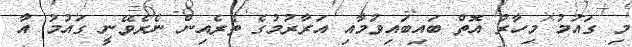
މި ގައުމު މިހާރު އޮތް ބައިބައިވުމާއި އަރާރުމުގެ ތެރެއިން ނެރެވޭނީ ގައުމު އާ